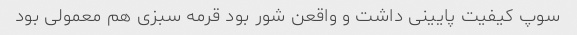
سوپ کیفیت پایینی داشت و واقعن شور بود قرمه سبزی هم معمولی بود